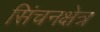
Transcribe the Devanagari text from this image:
सिंचनक्षेत्र